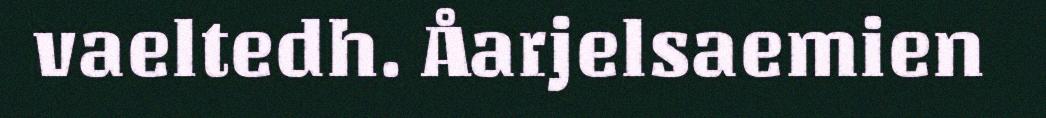
vaeltedh. Åarjelsaemien